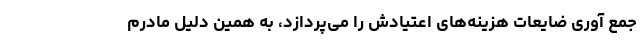
جمع آوری ضایعات هزینه‌های اعتیادش را می‌پردازد، به همین دلیل مادرم